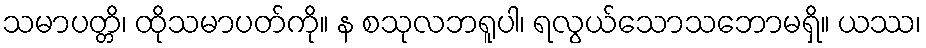
သမာပတ္တိ၊ ထိုသမာပတ်ကို။ န စသုလဘရူပါ၊ ရလွယ်သောသဘောမရှိ။ ယဿ၊